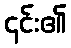
၎င်း၏